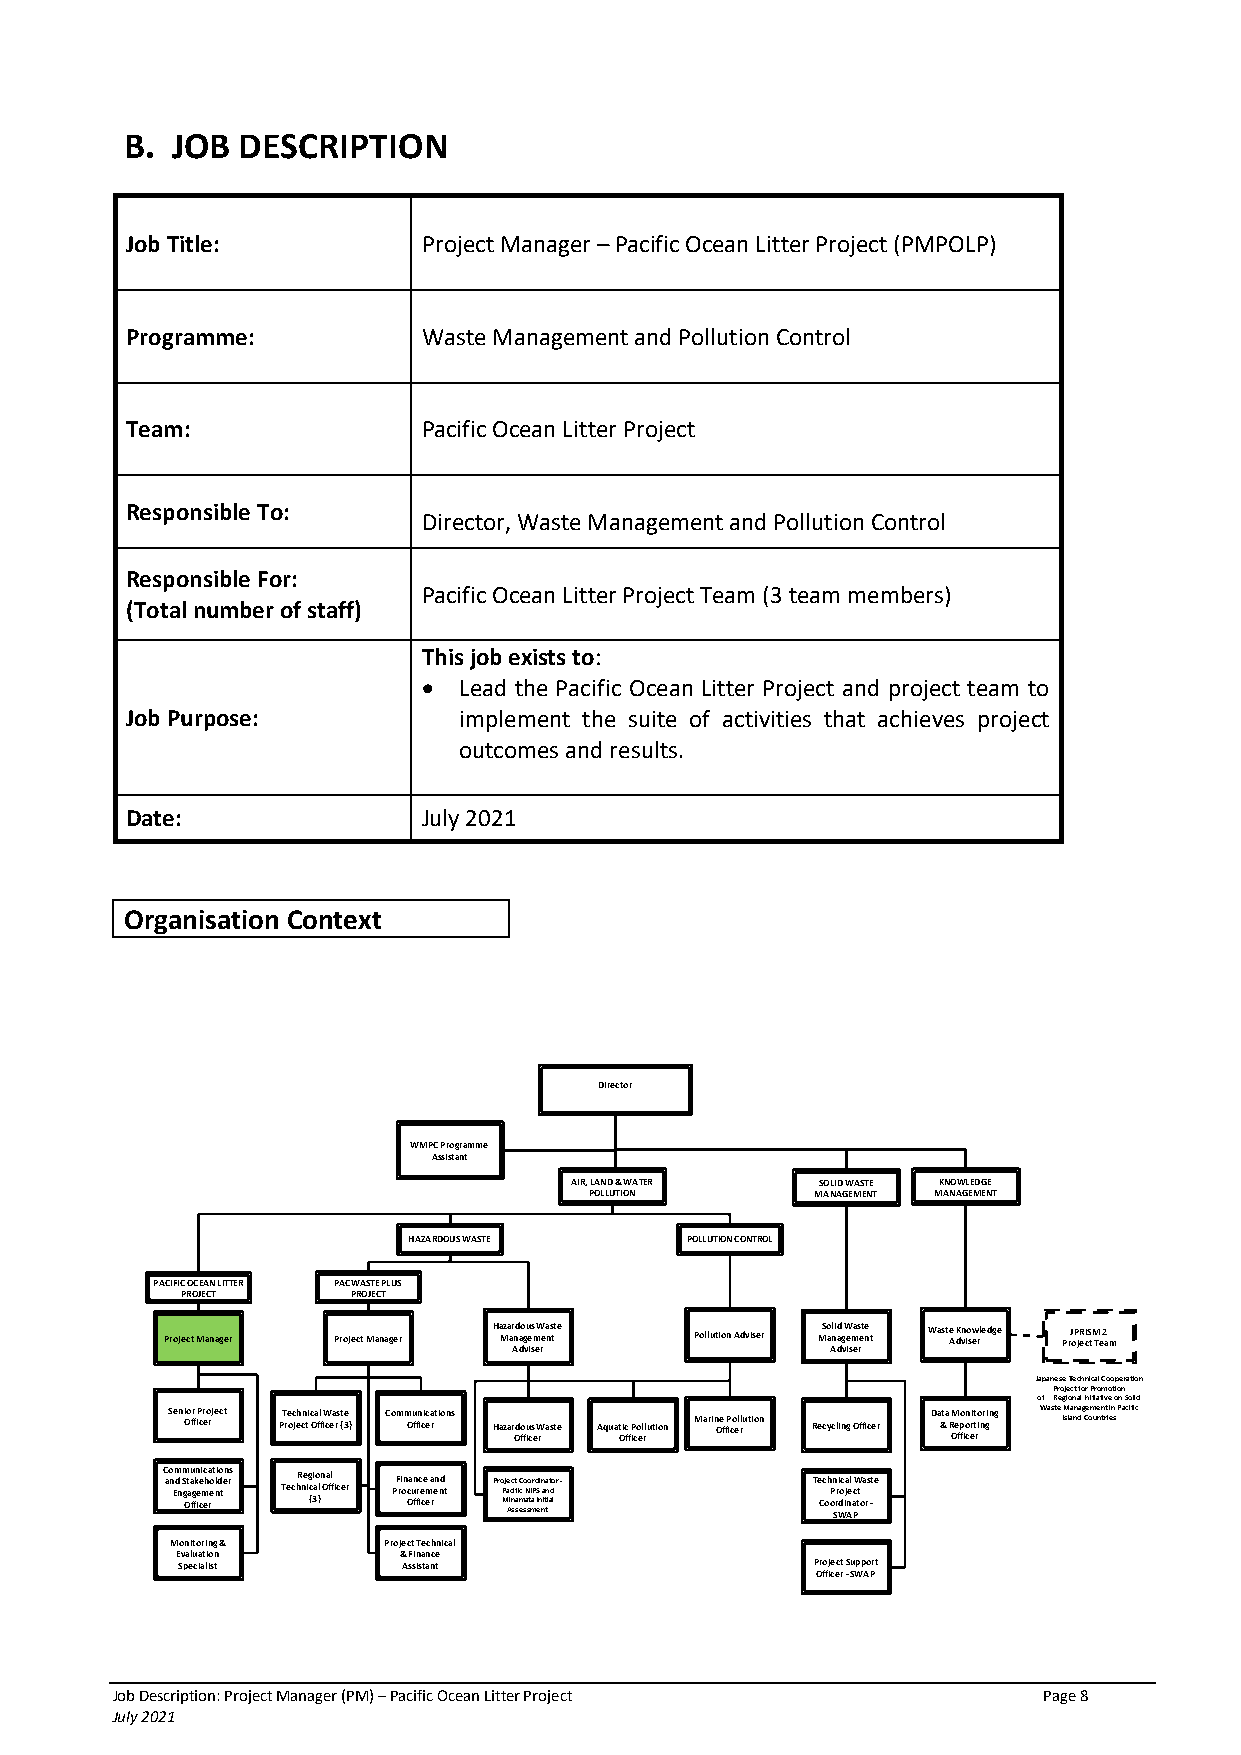
B. JOB  DESCRIPTION
 Job Title:          Project Manager – Pacific Ocean Litter Project (PMPOLP)
 Programme:          Waste Management and Pollution Control
 Team:               Pacific Ocean Litter Project
 Responsible To:
 Director, Waste Management and Pollution Control
 Responsible For:
 Pacific Ocean Litter Project Team (3 team members)
 (Total number of staff)
 This job exists to:
 • Lead the Pacific Ocean Litter Project and project team to
 Job Purpose:          implement the suite of activities that achieves project
 outcomes and results.
 Date:               July 2021
 Organisation Context
 Director
 WMPC Programme
 Assistant
 AIR, LAND & WATER SOLID WASTE KNOWLEDGE
 POLLUTION      MANAGEMENT MANAGEMENT
 HAZARDOUS WASTE   POLLUTION CONTROL
 PACIFIC OCEAN LITTER PACWASTE PLUS
 PROJECT    PROJECT
 Project Manager Project Manager Ha Mza ar And a do g vu e is sm eW rea ns tt e Pollution Adviser MSo a Al nid a dg vW e isma es rete n t Waste A K dn vio sw erledge PrJ oP jR eI cS tM Te 2 am
 Japanese Technical Cooperation
 Project for Promotion
 of Regional Initiative on Solid
 Seni Oo fr f iP cr eo rject PT re oc jeh cn ti c Oa fl f iW cea rs t {e 3 } Comm Ou ffn icic ea rtions Hazar Odo ffu ics
 e
 W raste Aquat Oic
 ff
 P ico el rlution Marin Oe f fP ico ell rution Recycling Officer Da &ta R M Oe fpo fion cr eit t ro inr gin g Waste IM slaa nn dag Ce om ue nn trt i ein s Pacific
 C ao n Em d n m S g Ot au a fg fkn e ie ci mc eha ro et l ni do ten rs TechR ne ig c {i 3ao l }n Oa fl f icer PF ri on c Oa un ffrc ie ce m
 e
 a ren nd t Pro P Mje a Aicc
 n
 sit f
 a
 s
 iC
 m
 eco sN
 a
 so tI mar Pd S
 I
 eni n na ita n tit ado
 l
 r -              Te Cc oh oPn Srri Wdoc ia j
 n
 Ael ac PW tt
 o
 a rs t
 -
 e
 Monitoring &  Project Technical
 Evaluation    & Finance
 Specialist     Assistant                  Project Support
 Officer - SWAP
 Job Description: Project Manager (PM) – Pacific Ocean Litter Project Page 8
 July 2021